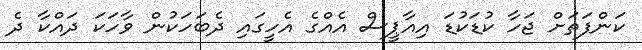
ކަންފަތަށް ޖަހާ ކުޑަކުޑަ އިއާޕީސް އެއްގެ އެހީގައި ދެބަހަކުން ވާހަކަ ދައްކާ ދެ